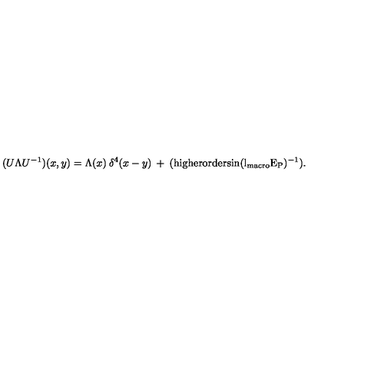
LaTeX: ( U \Lambda U ^ { - 1 } ) ( x , y ) = \Lambda ( x ) \: \delta ^ { 4 } ( x - y ) \: + \: { \mathrm { ( h i g h e r o r d e r s i n ( l _ { \mathrm { \scriptsize { m a c r o } } } E _ P ) ^ { - 1 } ) } } .